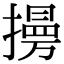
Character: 𢶔